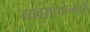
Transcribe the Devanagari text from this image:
व्यवसायोन्मुखी